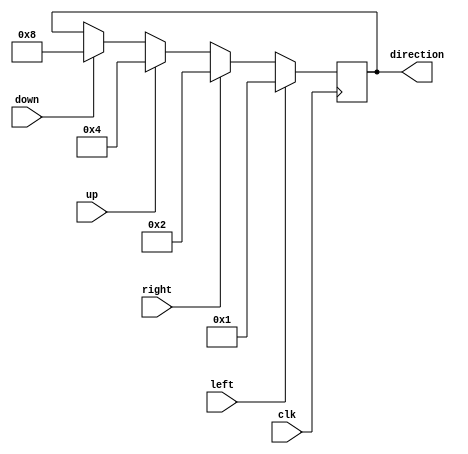
//////////////////////////////////////////////////////////////////////////////////

module Inputkey(clk,up,down,left,right,direction);
  input up;
  input down;
  input left;
  input right;
  input clk;
  output [5:0] direction;
  reg [5:0] direction;
  
    always@(posedge clk) begin
    if(left == 1) begin
      direction <= 6'b000001; //left
	        end 
	        else if(right == 1) begin 
	            direction <= 6'b000010; //right
	        end 
	        else if(up == 1) begin 
	            direction <= 6'b000100; //up
	        end 
	        else if(down == 1) begin 
	            direction <=6'b001000; //down
	        end 
	        else begin 
	            direction <= direction; 
	        end 
	    end
endmodule